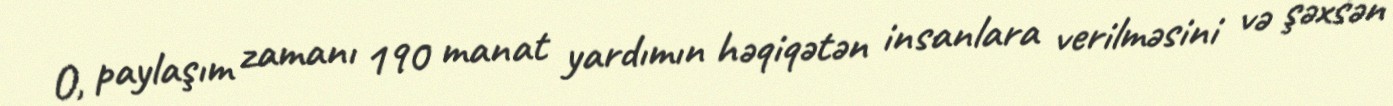
O, paylaşım zamanı 190 manat yardımın həqiqətən insanlara verilməsini və şəxsən